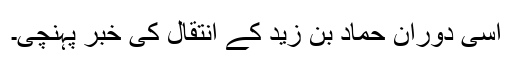
اسی دوران حماد بن زید کے انتقال کی خبر پہنچی۔